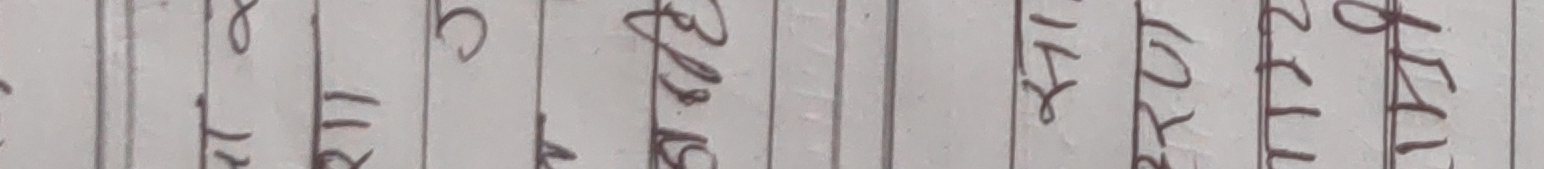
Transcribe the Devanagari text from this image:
8 11 T C पाल ११४ २०७ २०८०